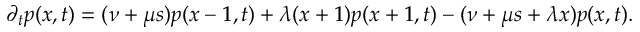
\partial _ { t } p ( x , t ) = ( \nu + \mu s ) p ( x - 1 , t ) + \lambda ( x + 1 ) p ( x + 1 , t ) - ( \nu + \mu s + \lambda x ) p ( x , t ) .